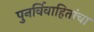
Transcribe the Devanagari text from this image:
पुनर्विवाहितांचा